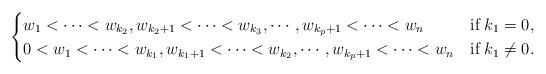
LaTeX: \begin{align*}\begin{cases}w_1<\cdots <w_{k_2}, w_{k_2+1}<\cdots < w_{k_3}, \cdots, w_{k_p+1} < \cdots < w_n &\mbox{if}\; k_1=0,\\0<w_1<\cdots <w_{k_1}, w_{k_1+1}<\cdots < w_{k_2}, \cdots, w_{k_p+1} < \cdots < w_n &\mbox{if}\; k_1\not=0.\end{cases}\end{align*}